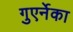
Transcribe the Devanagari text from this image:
गुएर्नेका